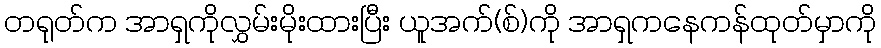
တရုတ်က အာရှကိုလွှမ်းမိုးထားပြီး ယူအက်(စ်)ကို အာရှကနေကန်ထုတ်မှာကို